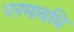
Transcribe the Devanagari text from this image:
परमावधि